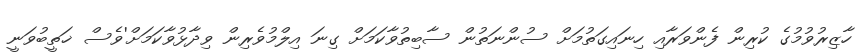
ހާޒިރުވުމުގެ ކުރިން ފެންވަރާއި ހިނައިގަތުމަށް ސުންނަތުން ސާބިތުވާކަމަށް ގިނަ އިލްމުވެރިން ވިދާޅުވާކަމަށް'ވެސް ޚަތީބުވަނީ